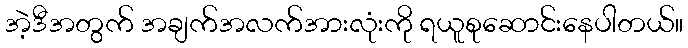
အဲ့ဒီအတွက် အချက်အလက်အားလုံးကို ရယူစုဆောင်းနေပါတယ်။